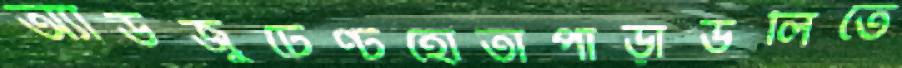
অ্যাডজুটেণ্টহোতাপাড়াডলিতে